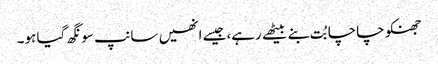
جھنکو چاچا بُت بنے بیٹھے رہے،جیسے انھیں سانپ سونگھ گیا ہو۔